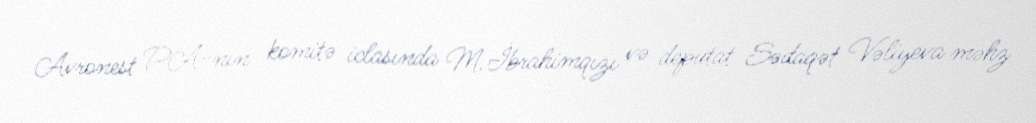
Avronest PA-nın komitə iclasında M.İbrahimqızı və deputat Sədaqət Vəliyeva məhz